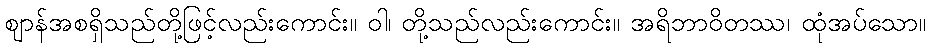
ဈာန်အစရှိသည်တို့ဖြင့်လည်းကောင်း။ ဝါ၊ တို့သည်လည်းကောင်း။ အရိဘာဝိတဿ၊ ထုံအပ်သော။